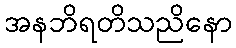
အနဘိရတိသညိနော